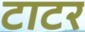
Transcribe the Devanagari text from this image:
टाटर